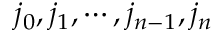
j _ { 0 } , j _ { 1 } , \cdots , j _ { n - 1 } , j _ { n }